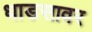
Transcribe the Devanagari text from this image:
धाडसावर